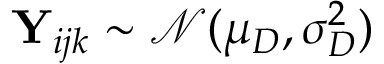
\mathbf Y _ { i j k } \sim \mathcal N ( \mu _ { D } , \sigma _ { D } ^ { 2 } )